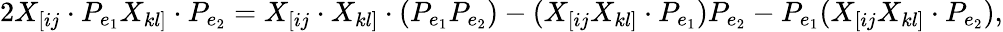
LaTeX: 2X_{[ij}\cdot P_{e_{1}}X_{kl]}\cdot P_{e_{2}}=X_{[ij}\cdot X_{kl]}\cdot(P_{e_{1}}P_{e_{2}})-(X_{[ij}X_{kl]}\cdot P_{e_{1}})P_{e_{2}}-P_{e_{1}}(X_{[ij}X_{kl]}\cdot P_{e_{2}}),